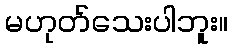
မဟုတ်သေးပါဘူး။